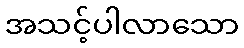
အသင့်ပါလာသော